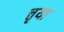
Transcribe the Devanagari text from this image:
त्तृया